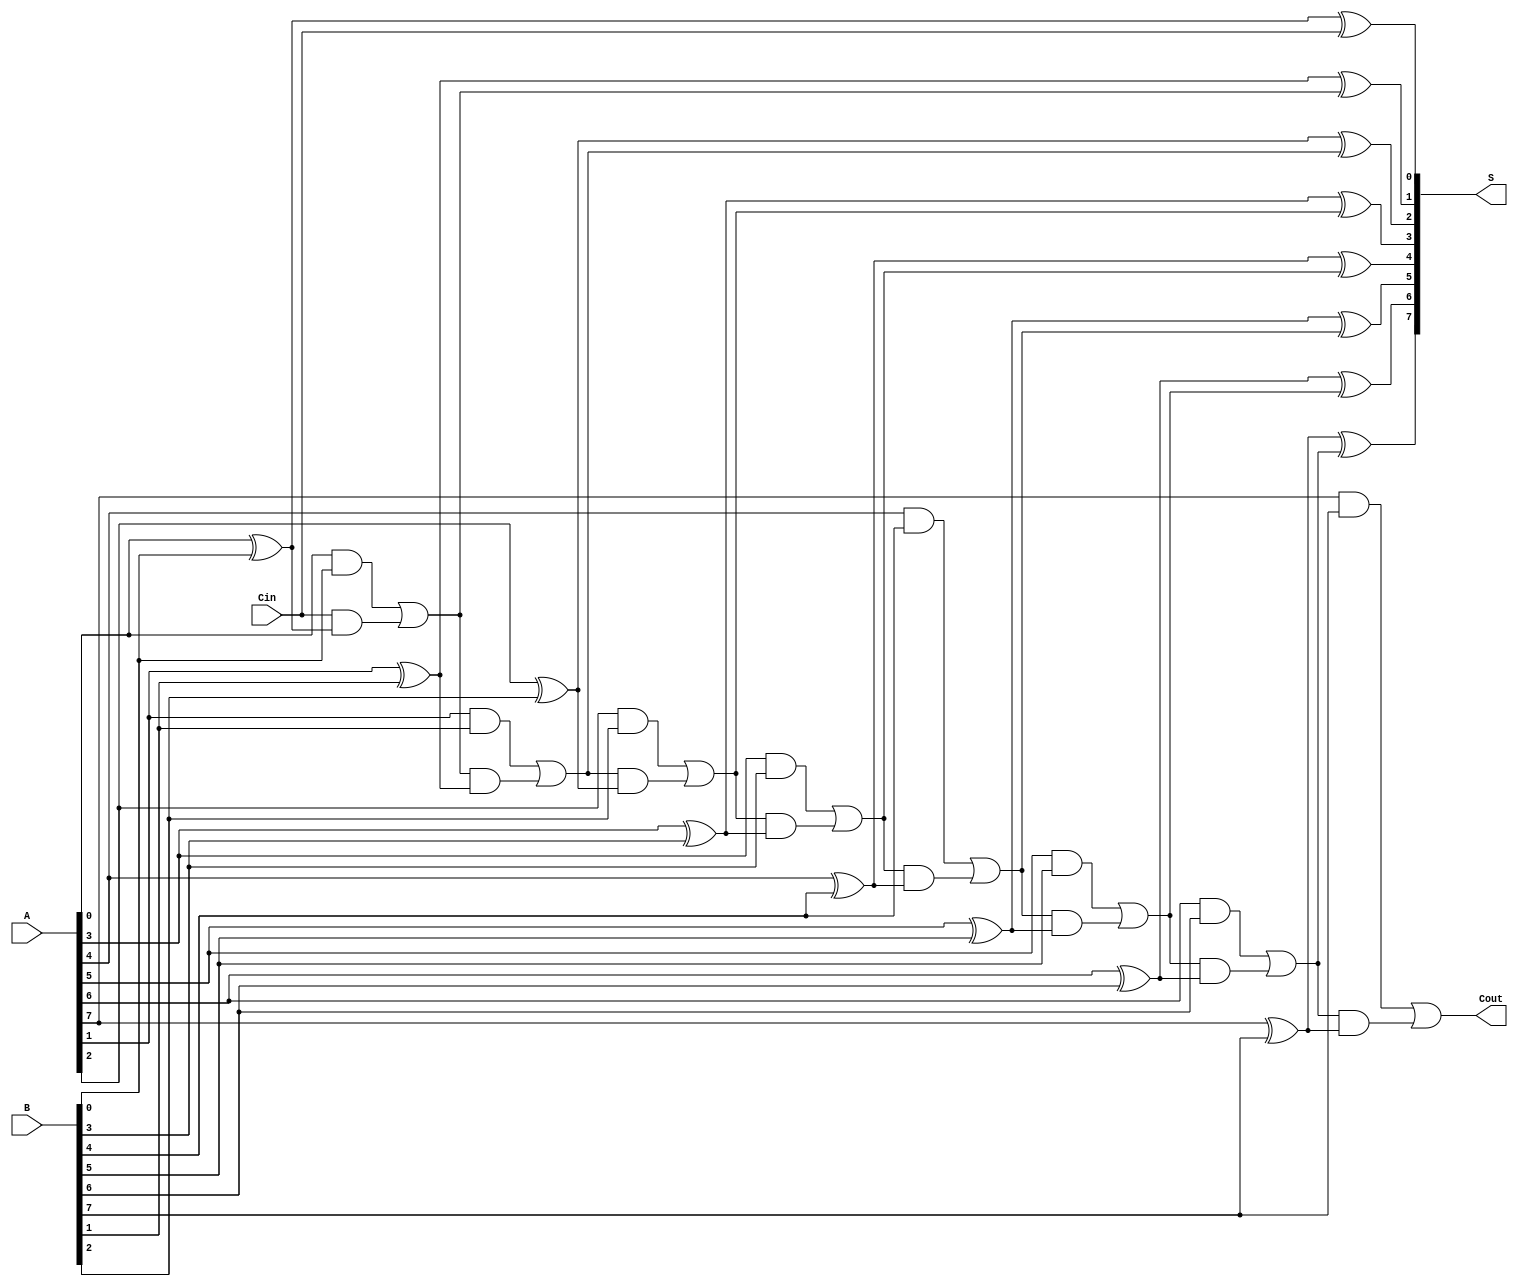
module precomputation_carry_adder #(
    parameter n = 8  // Bit-width of the adder
)(
    input  [n-1:0] A,    // First n-bit input
    input  [n-1:0] B,    // Second n-bit input
    input         Cin,    // Carry-in
    output [n-1:0] S,     // n-bit sum output
    output        Cout     // Carry-out output
);

    // Internal carry signals
    wire [n:0] C; // C[0] is Cin, C[1] to C[n] are carries

    // Carry generation logic
    assign C[0] = Cin; // Assign Cin to the first carry

    genvar i;
    generate
        for (i = 0; i < n; i = i + 1) begin : carry_generation
            assign C[i+1] = (A[i] & B[i]) | (C[i] & (A[i] ^ B[i]));
        end
    endgenerate

    // Sum calculation
    generate
        for (i = 0; i < n; i = i + 1) begin : sum_calculation
            assign S[i] = A[i] ^ B[i] ^ C[i];
        end
    endgenerate

    // Final carry-out
    assign Cout = C[n];

endmodule